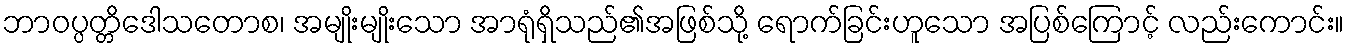
ဘာဝပ္ပတ္တိဒေါသတောစ၊ အမျိုးမျိုးသော အာရုံရှိသည်၏အဖြစ်သို့ ရောက်ခြင်းဟူသော အပြစ်ကြောင့် လည်းကောင်း။